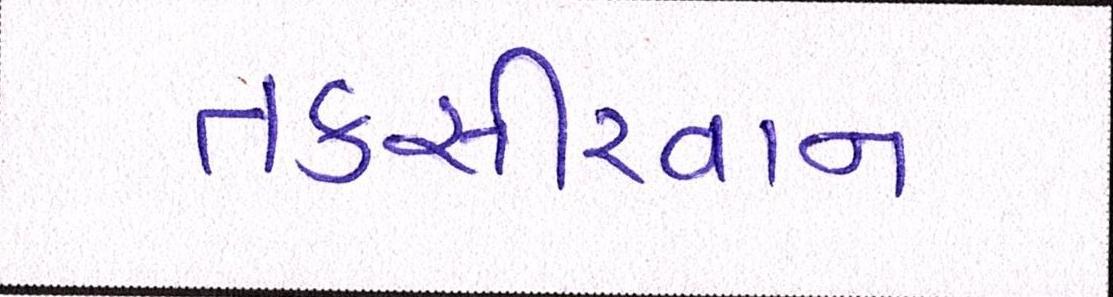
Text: તકસીરવાન